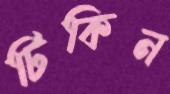
টিকিন